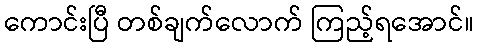
ကောင်းပြီ တစ်ချက်လောက် ကြည့်ရအောင်။